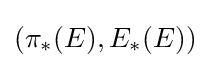
(\pi _{*}(E),E_{*}(E))